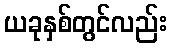
ယခုနှစ်တွင်လည်း